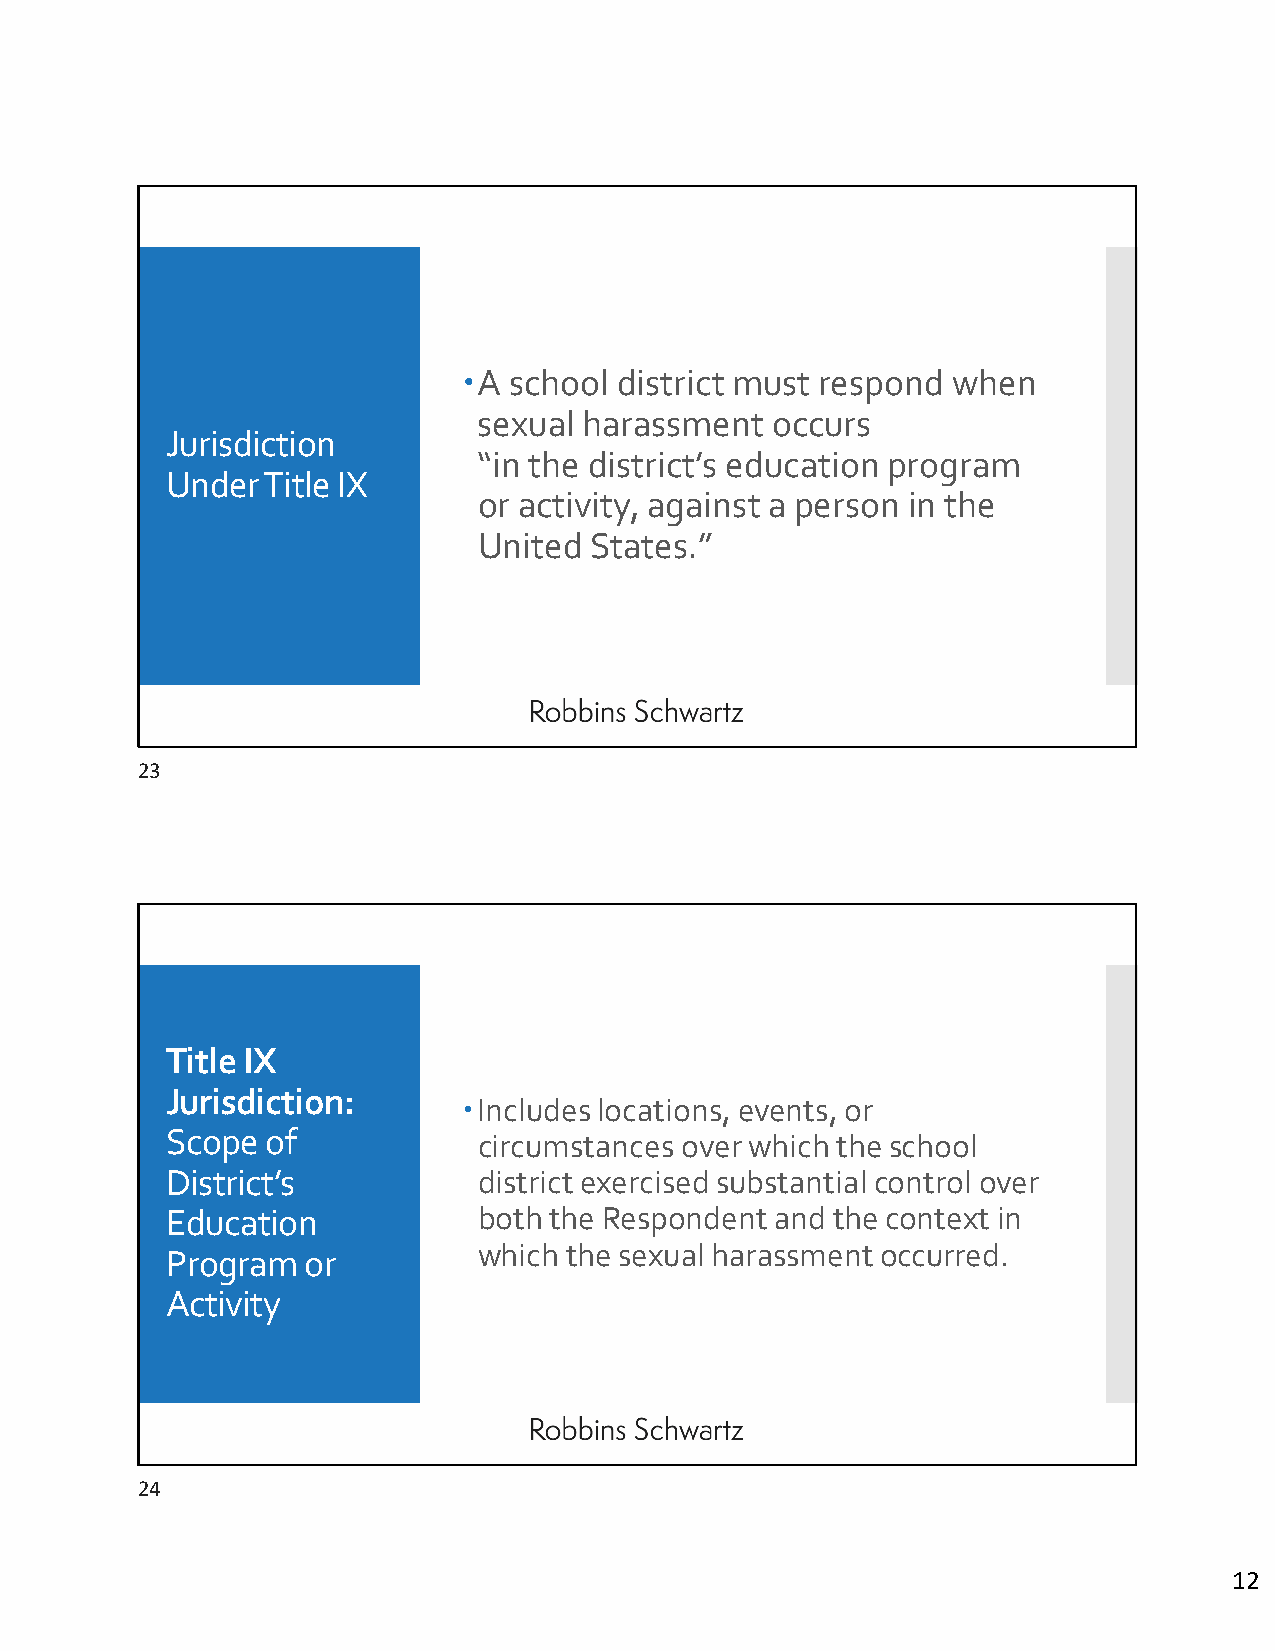
A school district must respond when
 sexual harassment  occurs
 Jurisdiction
 “in the district’s education program
 Under Title IX
 or activity, against a person in the
 United States.”
 23
 Title IX
 Jurisdiction:
 Includes locations, events, or
 Scope  of
 circumstances over which the school
 District’s           district exercised substantial control over
 Education            both the Respondent and the context in
 which the sexual harassment occurred.
 Program  or
 Activity
 24
 12